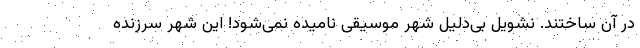
در آن ساختند. نشویل بی‌دلیل شهر موسیقی نامیده نمی‌شود! این شهر سرزنده